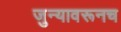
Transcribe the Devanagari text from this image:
जुन्यावरूनच